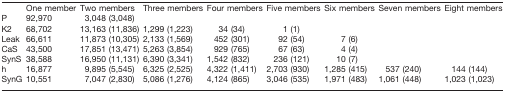
<table><thead><tr><td></td><td><b>One member</b></td><td><b>Two members</b></td><td><b>Three members</b></td><td><b>Four members</b></td><td><b>Five members</b></td><td><b>Six members</b></td><td><b>Seven members</b></td><td><b>Eight members</b></td></tr></thead><tbody><tr><td>P</td><td>92,970</td><td>3,048 (3,048)</td><td></td><td></td><td></td><td></td><td></td><td></td></tr><tr><td>K2</td><td>68,702</td><td>13,163 (11,836)</td><td>1,299 (1,223)</td><td>34 (34)</td><td>1 (1)</td><td></td><td></td><td></td></tr><tr><td>Leak</td><td>66,611</td><td>11,873 (10,305)</td><td>2,133 (1,569)</td><td>452 (301)</td><td>92 (54)</td><td>7 (6)</td><td></td><td></td></tr><tr><td>CaS</td><td>43,500</td><td>17,851 (13,471)</td><td>5,263 (3,854)</td><td>929 (765)</td><td>67 (63)</td><td>4 (4)</td><td></td><td></td></tr><tr><td>SynS</td><td>38,588</td><td>16,950 (11,131)</td><td>6,390 (3,341)</td><td>1,542 (832)</td><td>236 (121)</td><td>10 (7)</td><td></td><td></td></tr><tr><td>h</td><td>16,877</td><td>9,895 (5,545)</td><td>6,325 (2,525)</td><td>4,322 (1,411)</td><td>2,703 (930)</td><td>1,285 (415)</td><td>537 (240)</td><td>144 (144)</td></tr><tr><td>SynG</td><td>10,551</td><td>7,047 (2,830)</td><td>5,086 (1,276)</td><td>4,124 (865)</td><td>3,046 (535)</td><td>1,971 (483)</td><td>1,061 (448)</td><td>1,023 (1,023)</td></tr></tbody></table>